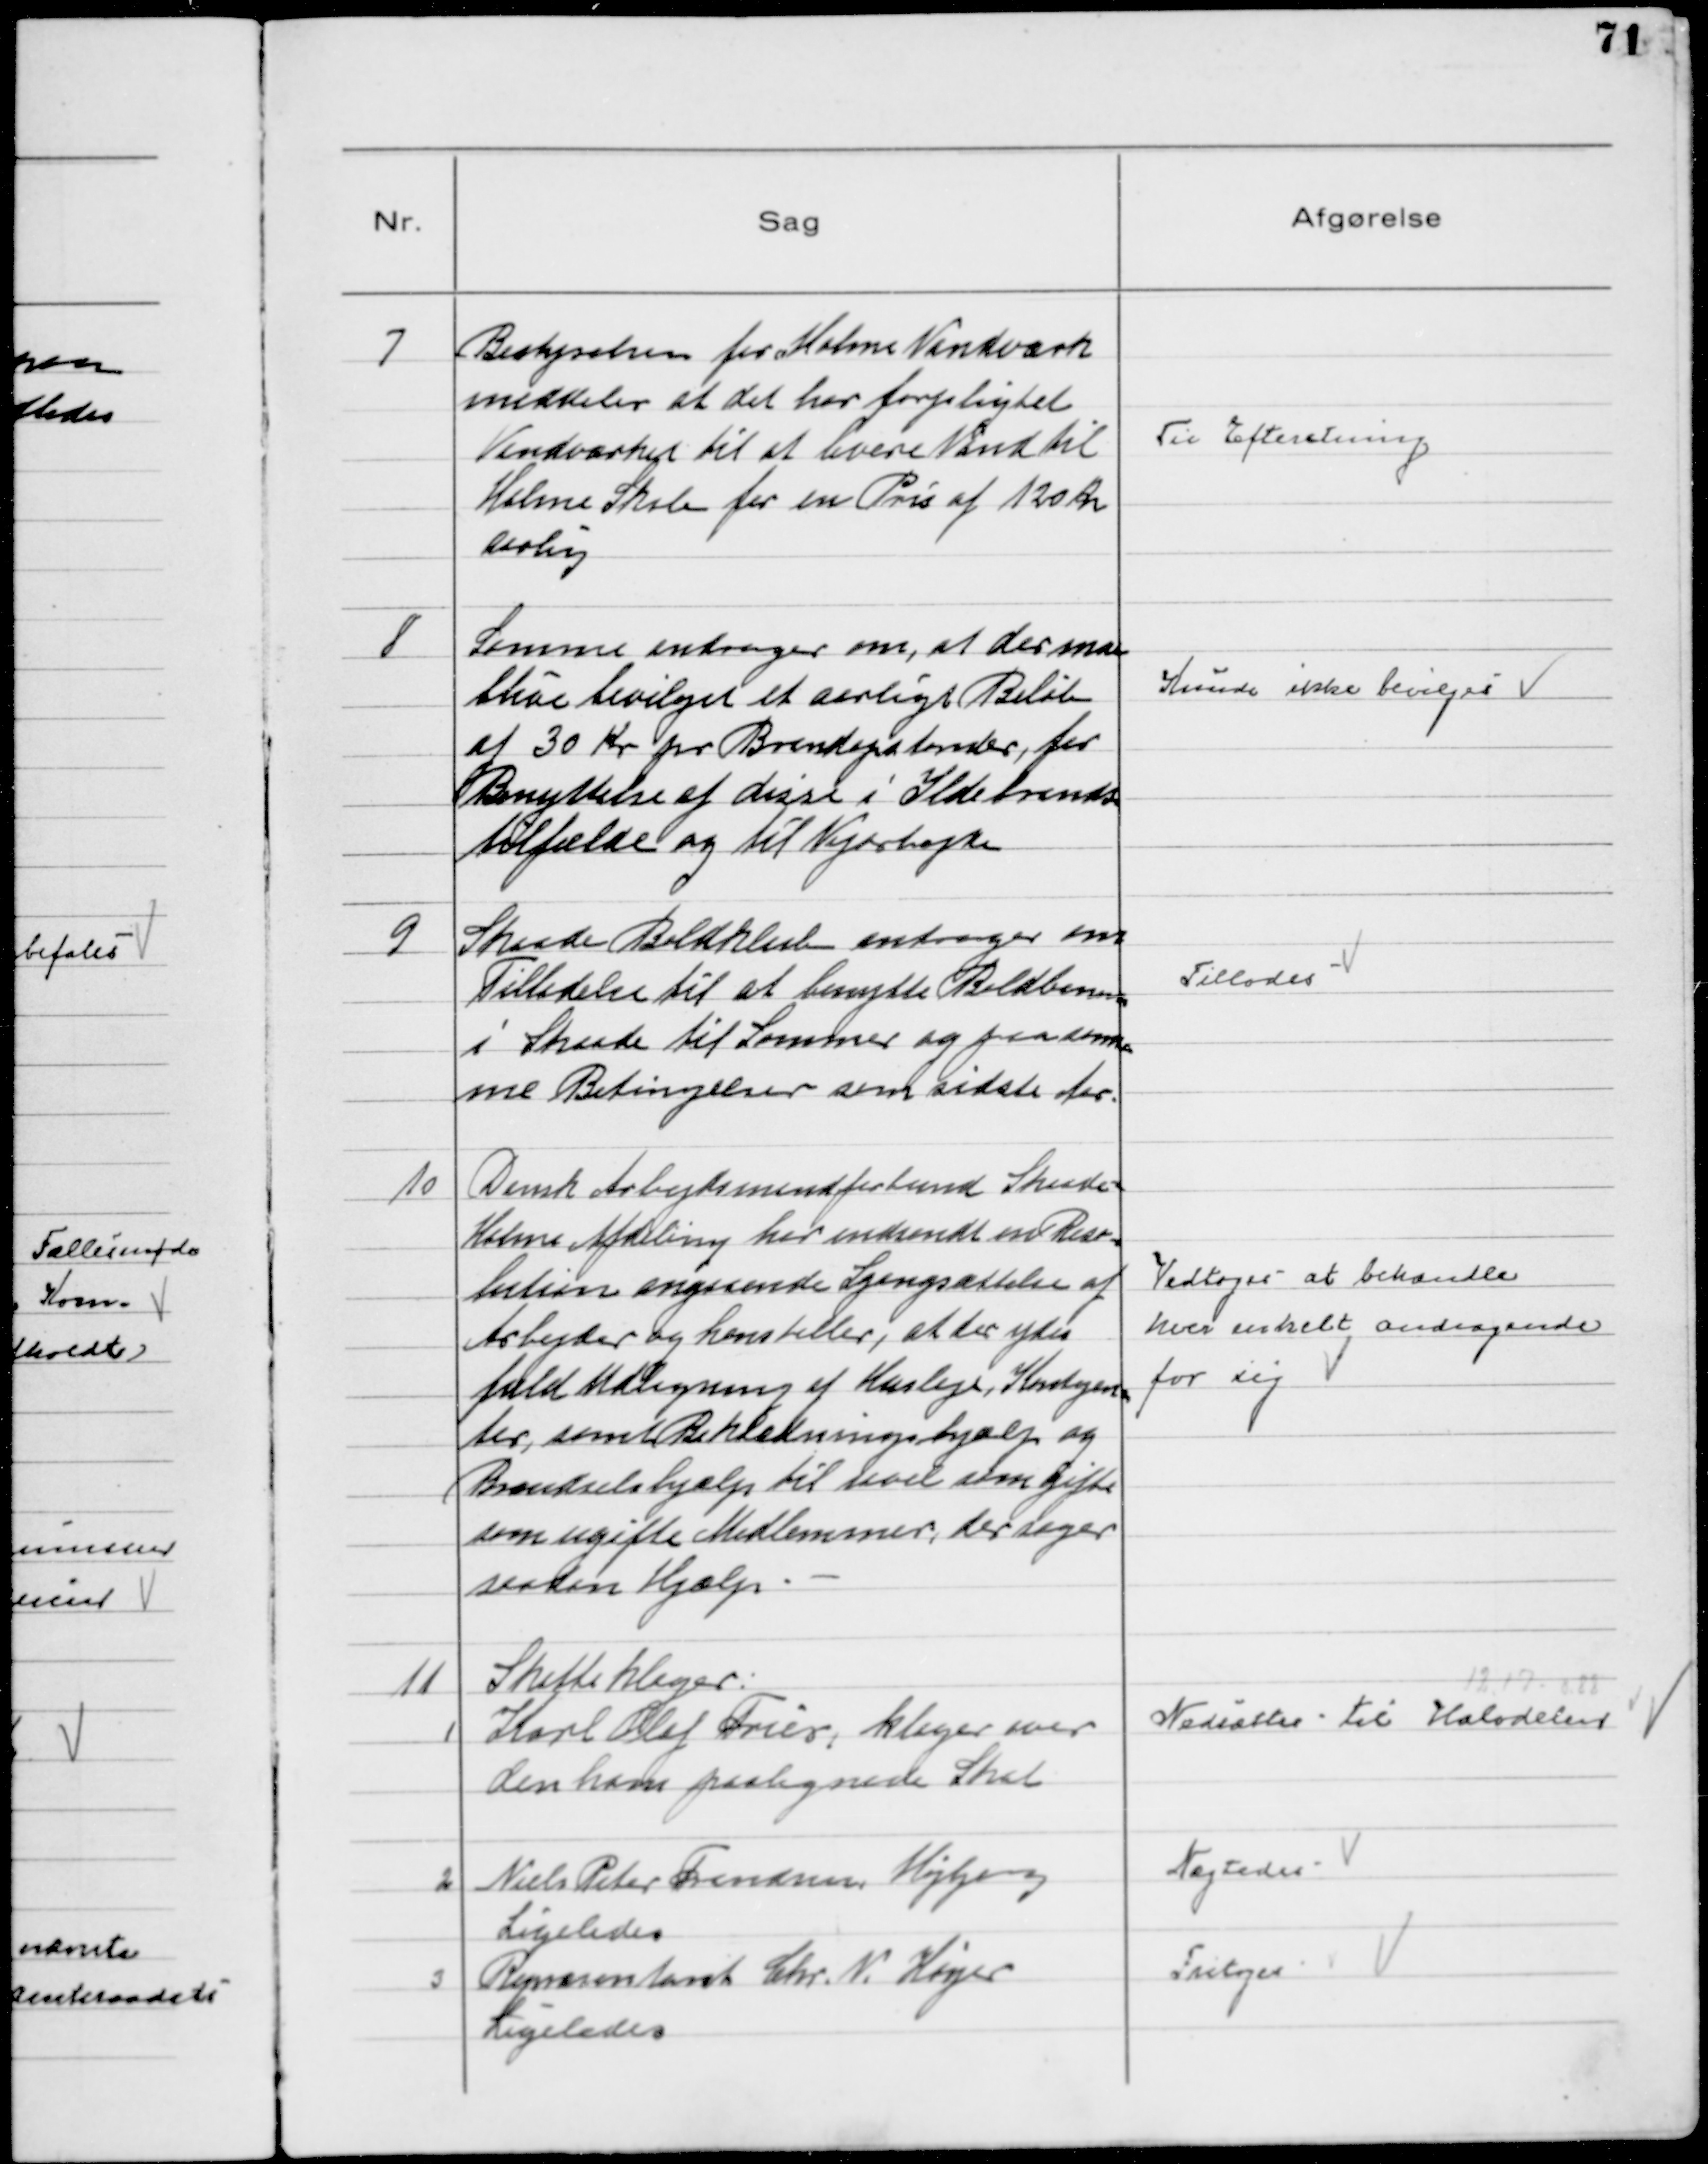
Transskription:
7
Bestyrelsen for Holme Vandværk
meddeler at det har forpligtet
Vandværket til at levere Vand til
Holme Skole for en Pris af 120 Kr
Aarlig

Til Efteretning

8
Samme andrager om, at der maa
blive bevilget et aarligt Beløb
af 30 Kr pr Brandopstander, for
Benyttelse af disse i Ildebrands
tilfælde og til Vejskifte

Kunde ikke bevilges

9
Skaade Boldklub andrager om
Tilladelse til at benytte Boldbanen
i Skaade til Sommer og paa sam
me Betingelser som sidste Aar.

Tillodes

10
Dansk Arbejdsmandforbund Skaade-
Holme Afdeling har udsendt en Reso-
lution angaaende Igangsættelse af
Arbejder og henstiller, at der ydes
fuld Udligning af Husleje, Kontigen-
ter, samt Beklædningshjælp og
Brændselshjælp til savel som gifte
som ugifte Medlemmer der søger
saadan Hjælp. -

Vedtoges at behandle
hver enkelt andragende
for sig

11
Skatteklager
1
Karl Olaf Fries, klager over
den ham paalignede Skat

Nedsattes til Halvdelen
12,17 - 0,88

2
Niels Peter Frandsen, Højbjerg
Ligeledes

Nægtedes

3
Repræsentant Chr. N. Høyer
Ligeledes

Fritages